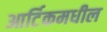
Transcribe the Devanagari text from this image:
आर्टिकमधील